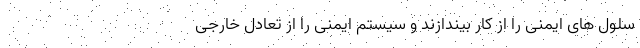
سلول های ایمنی را از کار بیندازند و سیستم ایمنی را از تعادل خارجی